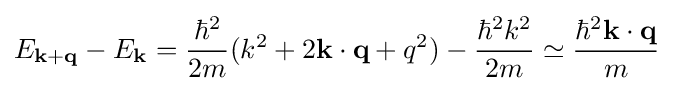
E_{\mathbf {k} +\mathbf {q} }-E_{\mathbf {k} }={\frac {\hbar ^{2}}{2m}}(k^{2}+2\mathbf {k} \cdot \mathbf {q} +q^{2})-{\frac {\hbar ^{2}k^{2}}{2m}}\simeq {\frac {\hbar ^{2}\mathbf {k} \cdot \mathbf {q} }{m}}